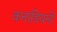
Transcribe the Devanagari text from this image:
कनाडियनों